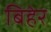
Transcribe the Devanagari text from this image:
बिहेर